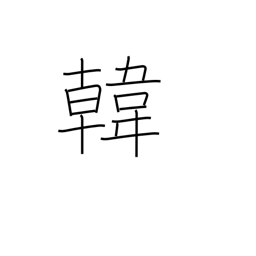
Meaning: Korea